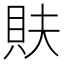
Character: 𮙳